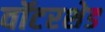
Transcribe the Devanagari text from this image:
वॉटरशेड